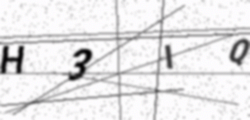
Text: H3IQ